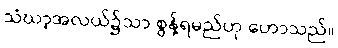
သံဃာ့အလယ်၌သာ စွန့်ရမည်ဟု ဟောသည်။